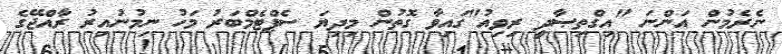
ނެރެމުން އަންނަ "އިގްތިޞާދީ ރިވިއު"ގައިވާ ގޮތުން މިދިޔަ ސެޕްޓެމްބަރު މަހު ނިމުނުއިރު ރާއްޖޭގެ